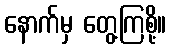
နောက်မှ တွေ့ကြစို့။